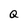
Character: Q